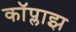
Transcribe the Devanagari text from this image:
कॉप्लाझ